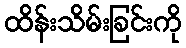
ထိန်းသိမ်းခြင်းကို